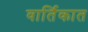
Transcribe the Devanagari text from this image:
वार्तिकात